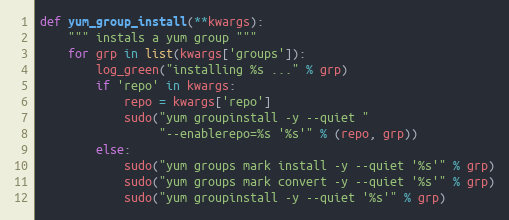
Language: Python
def yum_group_install(**kwargs):
    """ instals a yum group """
    for grp in list(kwargs['groups']):
        log_green("installing %s ..." % grp)
        if 'repo' in kwargs:
            repo = kwargs['repo']
            sudo("yum groupinstall -y --quiet "
                 "--enablerepo=%s '%s'" % (repo, grp))
        else:
            sudo("yum groups mark install -y --quiet '%s'" % grp)
            sudo("yum groups mark convert -y --quiet '%s'" % grp)
            sudo("yum groupinstall -y --quiet '%s'" % grp)